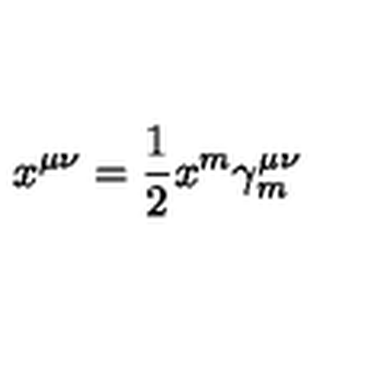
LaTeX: x ^ { \mu \nu } = \frac { 1 } { 2 } x ^ { m } \gamma _ { m } ^ { \mu \nu }